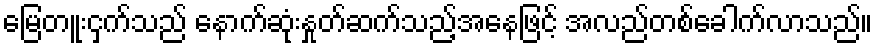
မြေတူးငှက်သည် နောက်ဆုံးနှုတ်ဆက်သည့်အနေဖြင့် အလည်တစ်ခေါက်လာသည်။